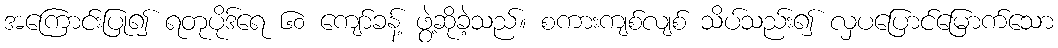
အကြောင်းပြု၍ ရတုပိုဒ်ရေ ၆၀ ကျော်ခန့် ဖွဲ့ဆိုခဲ့သည်။ စကားကျစ်လျစ် သိပ်သည်း၍ လှပပြောင်မြောက်သော